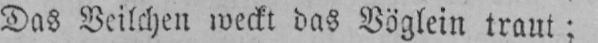
Das Veilchen weckt das Vöglein traut;